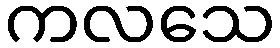
ကလသေ